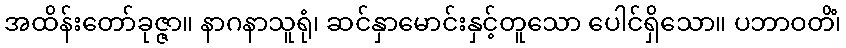
အထိန်းတော်ခုဇ္ဇာ။ နာဂနာသူရုံ၊ ဆင်နှာမောင်းနှင့်တူသော ပေါင်ရှိသော။ ပဘာဝတိံ၊